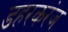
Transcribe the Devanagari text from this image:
डहरकरंज